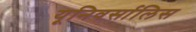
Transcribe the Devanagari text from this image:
यूनिवर्सालिस